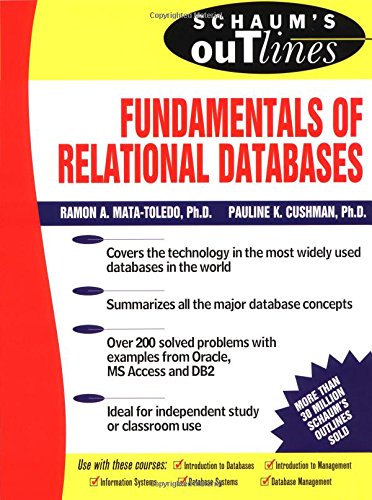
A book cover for Schaum's Outline of Fundamentals of Relational Databases; Ramon Mata-Toledo; Computers & Technology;